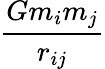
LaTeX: \frac{Gm_{i}m_{j}}{r_{ij}}